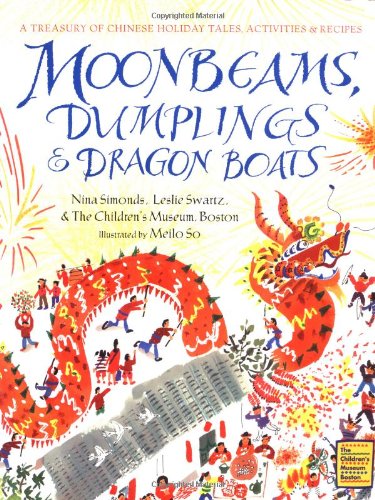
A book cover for Moonbeams, Dumplings & Dragon Boats: A Treasury of Chinese Holiday Tales, Activities & Recipes; Nina Simonds; Literature & Fiction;